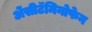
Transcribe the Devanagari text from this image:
ॲेसीटॅमिनोफेन